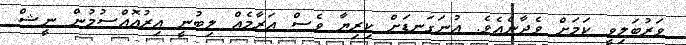
ވަރުބަލިވީ ކަމަށް ވެދާނެއެވެ. އުނަގަނޑަށް ކިރިޔާ ވެސް އަރާމެއް ލިބުނީ އިރުއޮއްސުމުން ނީޝް